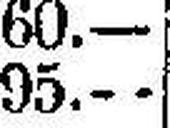
95.—